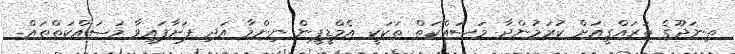
ތިނަދޫގެ ތަރައްގީއަށް ކުރަމުންދާ މަސައްކަތް ތަކަކީ އެމްޑީޕީން ނިންމާ އަދި ފަށާފައިވާ މަސައްކަތްތައް.